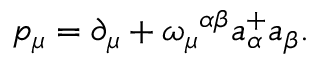
p _ { \mu } = \partial _ { \mu } + \omega _ { \mu } { } ^ { \alpha \beta } a _ { \alpha } ^ { + } a _ { \beta } .